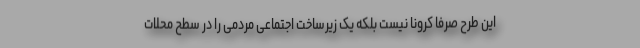
این طرح صرفا کرونا نیست بلکه یک زیرساخت اجتماعی مردمی را در سطح محلات